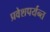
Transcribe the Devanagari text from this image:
प्रवेशपर्यन्त